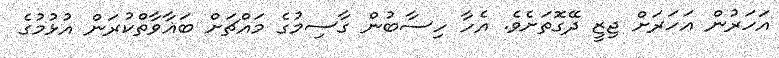
އަހަރުން އަހަރަށް ޖިޒީ ދޭގޮތަށެވެ. އެހާ ހިސާބުން ގާސިމުގެ މައްޗަށް ބަޣާވާތްކުރަން އުޅުމުގެ